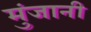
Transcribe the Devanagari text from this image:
मुंजानी